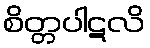
စိတ္တပါဋလိ